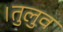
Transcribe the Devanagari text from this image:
।तुलुव